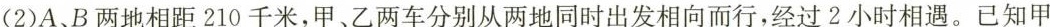
（2）A、B两地相距210千米，甲、乙两车分别从两地同时出发相向而行，经过2小时相遇。已经甲